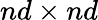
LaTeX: nd\times nd